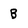
Character: b